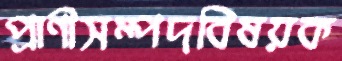
প্রাণীসম্পদবিষয়ক